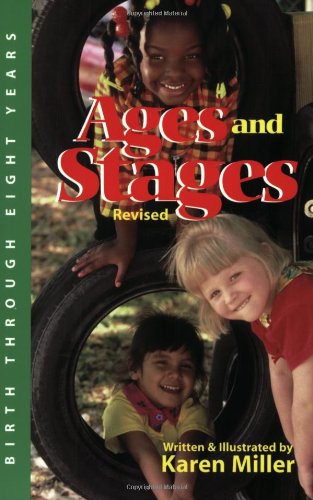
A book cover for Ages and Stages: Developmental Descriptions and Activities, Birth Through Eight Years; Karen Miller; Medical Books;